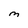
Character: M